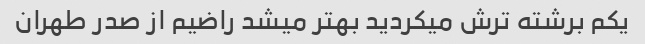
یکم برشته ترش میکردید بهتر میشد راضیم از صدر طهران